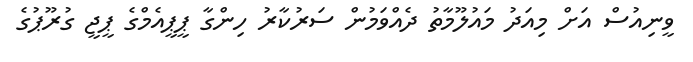
ވީނިއުސް އަށް މިއަދު މައުލޫމާތު ދެއްވަމުން ސަރުކާރު ހިންގާ ޕީޕީއެމްގެ ޕީޖީ ގުރޫޕުގެ